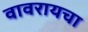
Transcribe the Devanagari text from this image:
वावरायचा